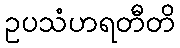
ဥပသံဟရတီတိ